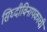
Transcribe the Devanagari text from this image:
सिघ्दीविनायकाची